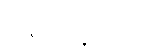
ပြန်တော့မယ်။